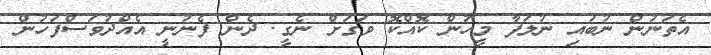
އެތަނުން ނުބައި ނުލަފާ މީހުން ކޮއްކޮ ވަގަށް ނެގީ. ދެން ފެނުނީ އެއްދުވަސްފަހުން